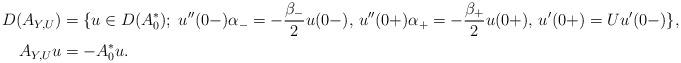
LaTeX: \begin{align*} D(A_{Y,U}) & = \{u\in D(A_0^*);\;u''(0-)\alpha_- = -\frac{\beta_-}{2}u(0-),\, u''(0+)\alpha_+ = -\frac{\beta_+}{2} u(0+),\, u'(0+) = U u'(0-)\},\\ A_{Y,U} u & = -A_0^*u. \end{align*}